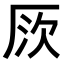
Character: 𠩗